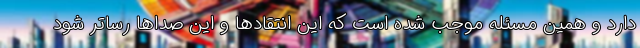
دارد و همین مسئله موجب شده است که این انتقادها و این صداها رساتر شود